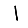
Digit: 1